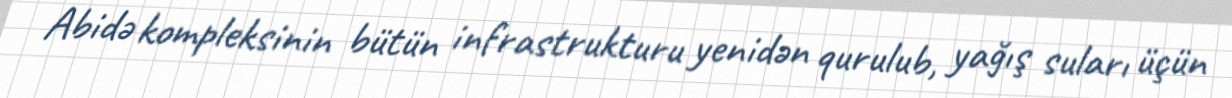
Abidə kompleksinin bütün infrastrukturu yenidən qurulub, yağış suları üçün